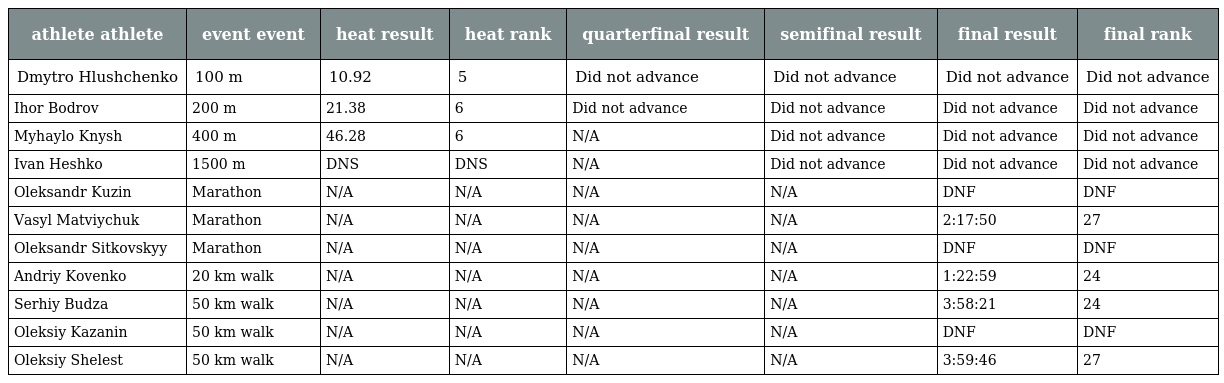
| athlete athlete | event event | heat result | heat rank | quarterfinal result | semifinal result | final result | final rank |
 | --- | --- | --- | --- | --- | --- | --- | --- |
 | Dmytro Hlushchenko | 100 m | 10.92 | 5 | Did not advance | Did not advance | Did not advance | Did not advance |
 | Ihor Bodrov | 200 m | 21.38 | 6 | Did not advance | Did not advance | Did not advance | Did not advance |
 | Myhaylo Knysh | 400 m | 46.28 | 6 | N/A | Did not advance | Did not advance | Did not advance |
 | Ivan Heshko | 1500 m | DNS | DNS | N/A | Did not advance | Did not advance | Did not advance |
 | Oleksandr Kuzin | Marathon | N/A | N/A | N/A | N/A | DNF | DNF |
 | Vasyl Matviychuk | Marathon | N/A | N/A | N/A | N/A | 2:17:50 | 27 |
 | Oleksandr Sitkovskyy | Marathon | N/A | N/A | N/A | N/A | DNF | DNF |
 | Andriy Kovenko | 20 km walk | N/A | N/A | N/A | N/A | 1:22:59 | 24 |
 | Serhiy Budza | 50 km walk | N/A | N/A | N/A | N/A | 3:58:21 | 24 |
 | Oleksiy Kazanin | 50 km walk | N/A | N/A | N/A | N/A | DNF | DNF |
 | Oleksiy Shelest | 50 km walk | N/A | N/A | N/A | N/A | 3:59:46 | 27 |